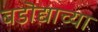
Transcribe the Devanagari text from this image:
बडॊद्याच्या